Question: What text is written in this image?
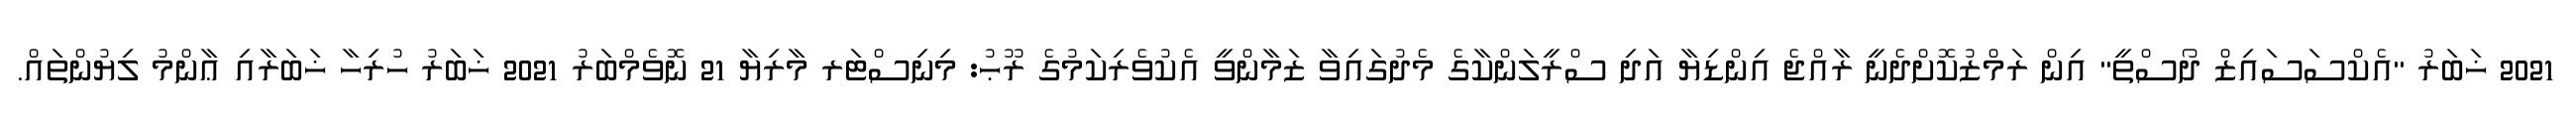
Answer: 2021 ޚަބަރު "އެކްސަސައިޒް ދޯސްތީ" އިން ރަމްޒުކޮށްދެނީ ރާއްޖެ އިންޑިޔާ އަދި ސްރީލަންކާގެ މެދުގައިވާ ޒަމާންވީ އެކުވެރިކަމުގެ ރޫޙު: މިނިސްޓަރ މާރިޔާ 21 ނޮވެމްބަރު 2021 ޚަބަރު ހުރިހާ ޚަބަރާއި ޢާންމު ލިޔުންތައް.